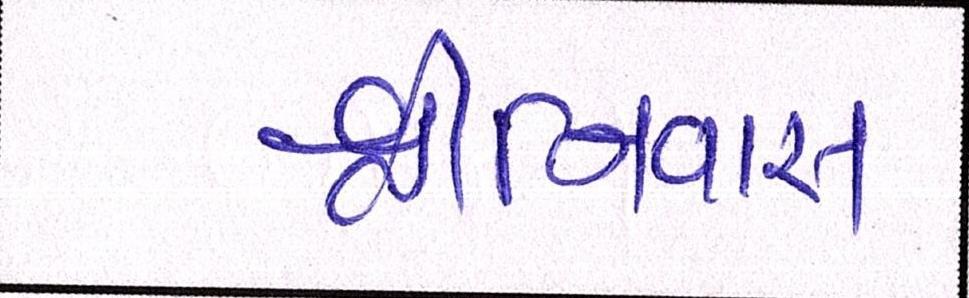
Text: શ્રીનિવાસ